system: You are a helpful assistant.
user:
Analyze the provided spectrum to determine if it is a **Carbon Star (C-type)**.

- **Key Visual Indicators of Carbon Star:**
    - **(Primary):** Strong molecular absorption from **C₂ (diatomic carbon) "Swan Bands."** This is the **defining feature** of a carbon star.
        - **(Key Bandheads):** Sharp absorption edges are visible at approximately $5635$ Å, $5165$ Å (the strongest band), and $4737$ Å.
        - **(Line Profile):** Creates a distinct **"saw-tooth"** pattern. The key morphology is a sharp, steep bandhead on the **red (long-wavelength) side**, which then gradually tapers off (i.e., flux recovers) towards the **blue (short-wavelength) side**. *(This is the direct opposite of the TiO bands seen in M-type stars)*.

    - **(Secondary):** Intense **CN (cyanogen)** molecular absorption bands.
        - **(Key Bandheads):** Located in the blue and violet regions of the spectrum (e.g., near $4215$ Å and $3883$ Å).
        - **(Morphology):** These bands are extremely broad and act as a "blanket," absorbing the vast majority of blue and violet light. This creates a characteristic **"cliff"** or **"steep drop-off"** in the spectrum's flux at short wavelengths.

    - **(Key Confirmation):** Strong **CH absorption band (G-band)**.
        - **(Key Bandhead):** Located around $4300$ Å. The contribution from CH molecules to this band is exceptionally strong.

    - **(Overall Spectrum):**
        - The continuum is severely "chopped up" by these deep molecular bands, especially C₂, rather than appearing as a smooth curve.
        - Due to the heavy CN and C₂ absorption in the blue-green, the vast majority of the star's flux is concentrated in the red part of the spectrum, giving the star its characteristic deep red color.

Think first, call **spectral_visualization_tool** if needed to examine features in detail, then provide your final answer. Your response must adhere to the following strict rules:
1.  **Overall Structure:** Your response must follow the format `<think>...</think> <tool_call>...</tool_call> (if a tool is used) <answer>...</answer>`.
2.  **Tool Usage Constraint:** You may only make **one** tool call per turn.
3.  **Final Answer Format:** In the `<answer>` tag, your conclusion must be inside a `\boxed{}` command (e.g., `\boxed{YES}`), followed by your justification.

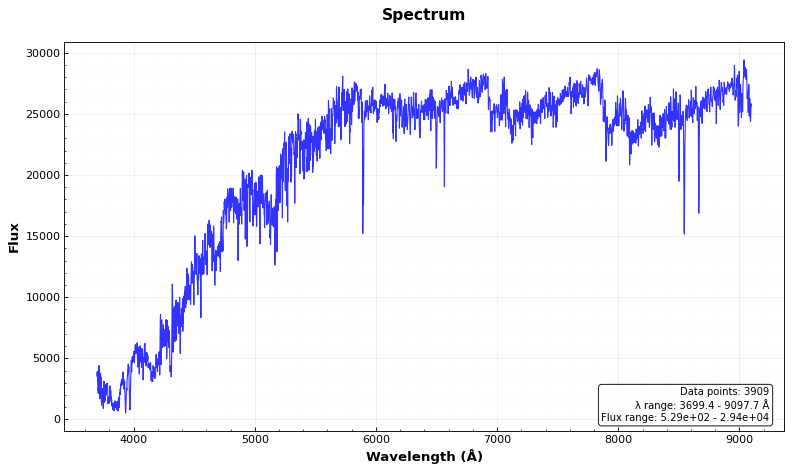
Answer: YES